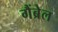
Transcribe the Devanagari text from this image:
गैंब्रेल